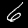
Digit: 6